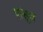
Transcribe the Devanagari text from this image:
पांसुज